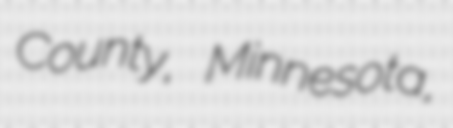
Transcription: County, Minnesota,